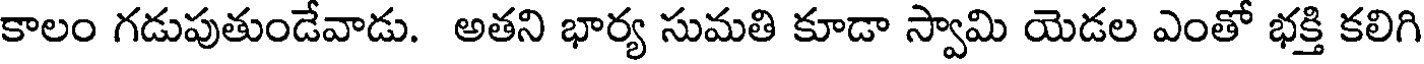
కాలం గడుపుతుండేవాడు. అతని భార్య సుమతి కూడా స్వామి యెడల ఎంతో భక్తి కలిగి